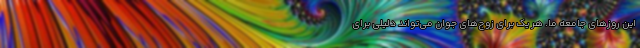
این روز‌های جامعه ما. هر یک برای زوج‌های جوان می‌تواند دلیلی برای